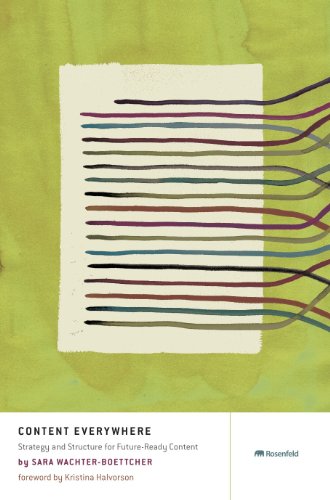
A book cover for Content Everywhere: Strategy and Structure for Future-Ready Content; Sara Wachter-Boettcher; Computers & Technology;